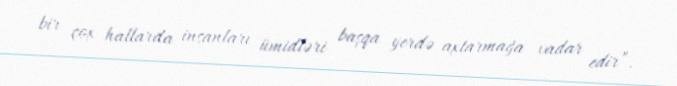
bir çox hallarda insanları ümidləri başqa yerdə axtarmağa vadar edir”.